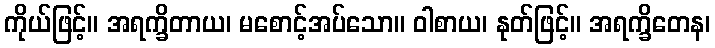
ကိုယ်ဖြင့်။ အရက္ခိတာယ၊ မစောင့်အပ်သော။ ဝါစာယ၊ နုတ်ဖြင့်။ အရက္ခိတေန၊